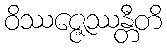
ဝိဿဇ္ဇေဿန္တီတိ